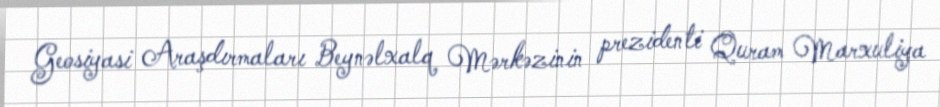
Geosiyasi Araşdırmaları Beynəlxalq Mərkəzinin prezidenti Quram Marxuliya